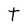
Character: t